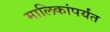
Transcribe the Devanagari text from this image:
मालिकांपर्यंत